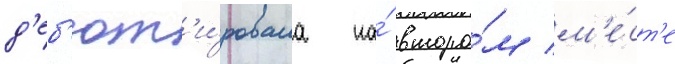
д'еб'ют'и́ровала на́ второ́м м'е́ст'е